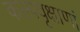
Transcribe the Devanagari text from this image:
कल्पवृक्षाणां